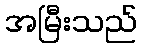
အမြီးသည်